Source: Handwritten
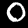
Digit: ၀ (0)